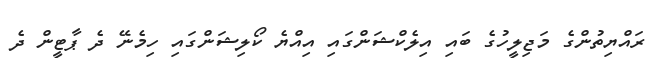
ރައްޔިތުންގެ މަޖިލީހުގެ ބައި އިލެކްޝަންގައި އިއްޔެ ކޯލިޝަންގައި ހިމެނޭ ދެ ޕާޓީން ދެ